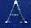
A